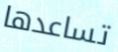
تساعدها